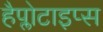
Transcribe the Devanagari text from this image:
हैप्लोटाइप्स